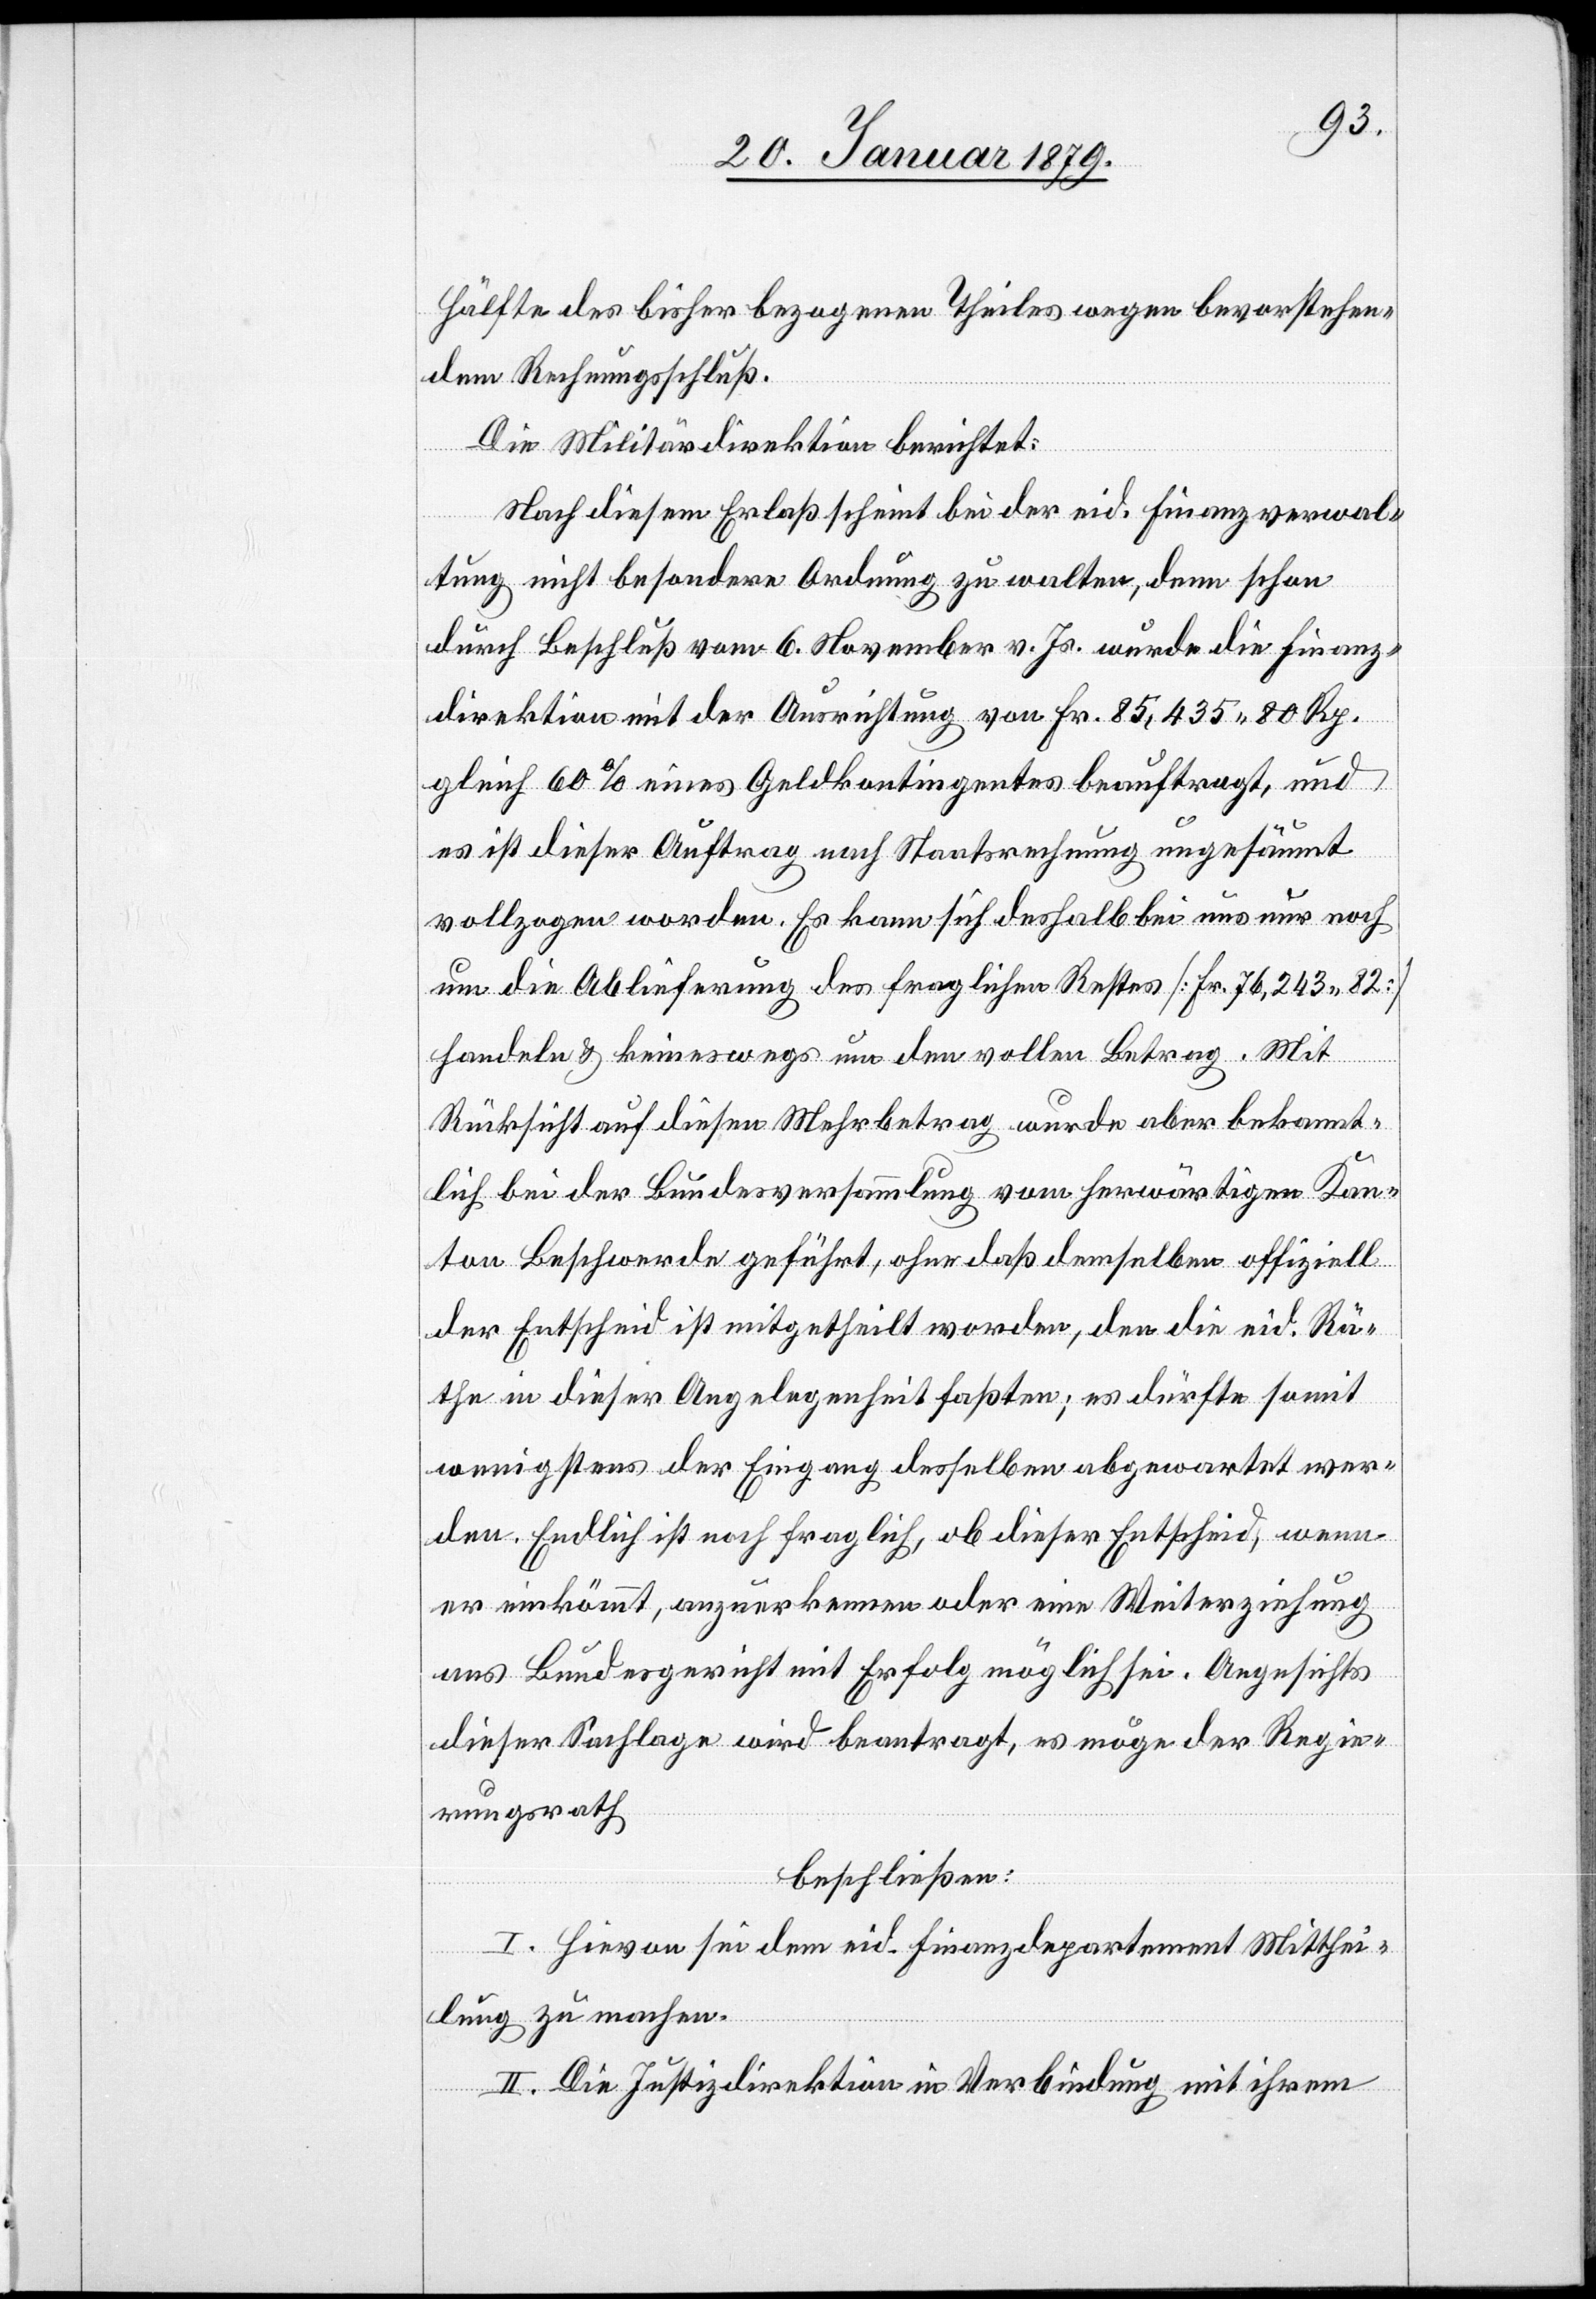
Hälfte des bisher bezogenen Theiles wegen bevorstehen¬
dem Rechnungsschluß.
Die Militärdirektion berichtet:
Nach diesem Erlaß scheint bei der eid. Finanzverwal¬
tung nicht besondere Ordnung zu walten, denn schon
durch Beschluß vom 6. November v. Js. wurde die Finanz¬
direktion mit der Ausrichtung von Fr. 85,435. 80 Rp.
gleich 60% eines Geldkontingentes beauftragt, und
es ist dieser Auftrag nach Staatsrechnung ungesäumt
vollzogen worden. Es kann sich deshalb bei uns nur noch
um die Ablieferung des fraglichen Restes [Fr. 76,243.82]
handeln & keineswegs um den vollen Betrag. Mit
Rücksicht auf diesen Mehrbetrag wurde aber bekannt¬
lich bei der Bundesversammlung vom herwärtigen Kan¬
ton Beschwerde geführt, ohne daß demselben offiziell
der Entscheid ist mitgetheilt worden, den die eid. Rä¬
the in dieser Angelegenheit faßten; es dürfte somit
wenigstens der Eingang desselben abgewartet wer¬
den. Endlich ist noch fraglich, ob dieser Entscheid, wenn
er einkömmt, anzuerkennen oder eine Weiterziehung
ans Bundesgericht mit Erfolg möglich sei. Angesichts
dieser Sachlage wird beantragt, es möge der Regie¬
rungsrath
beschließen:
I. Hievon sei dem eid. Finanzdepartement Mitthei¬
lung zu machen.
II. Die Justizdirektion in Verbindung mit ihrem